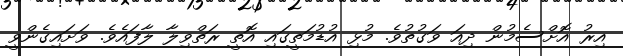
އިރު އޮށްސެމުން ދިއަ ވަގުތުވެ. މުޅި އުޑުމަތީގައި އޮތީ ރަތްވިލާ ލާފައެވެ. ވަށައިގެންވީ